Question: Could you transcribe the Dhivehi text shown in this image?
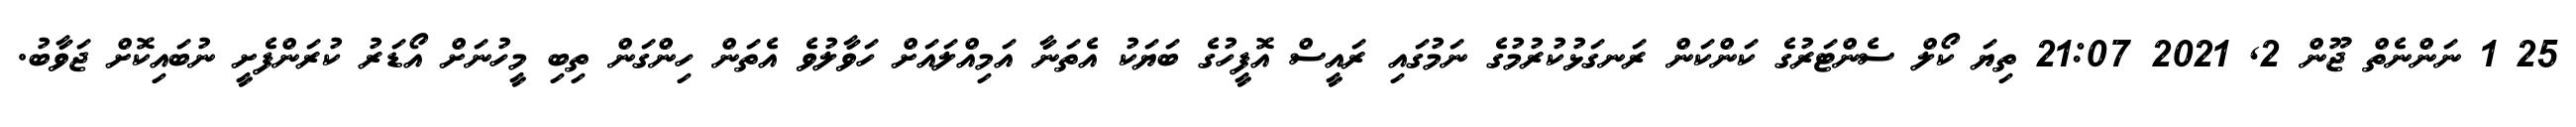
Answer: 25 1 ނަންނެތް ޖޫން 2, 2021 21:07 ތިޔަ ކޯލް ސެންޓަރުގެ ކަންކަން ރަނގަޅުކުރުމުގެ ނަމުގައި ރައީސް އޮފީހުގެ ބަޔަކު އެތަނާ އަމިއްލައަށް ހަވާލުވެ އެތަން ހިންގަން ތިބި މީހުނަށް އޯޑަރު ކުރަންފެށީ ނުބައިކޮށް ޖަވާބު.